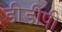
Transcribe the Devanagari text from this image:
डीडीपी